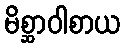
မိစ္ဆာဝါစာယ